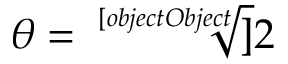
\theta = { \sqrt [ [object Object] ] { 2 } }